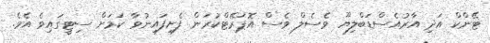
ޓޭންކް އަދި އާރުއެސްޑަބްލިޔޫ ވެސެލް ވެސް އޮޕަރޭޓްކުރަން ފެށިފައިނުވާ ކަމަށް ސިޓީގައިވެ އެވެ.